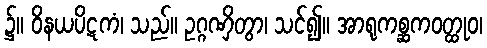
၌။ ဝိနယပိဋကံ၊ သည်။ ဥဂ္ဂဏှိတွာ၊ သင်၍။ အာရုကစ္ဆကဝတ္ထုဝ၊